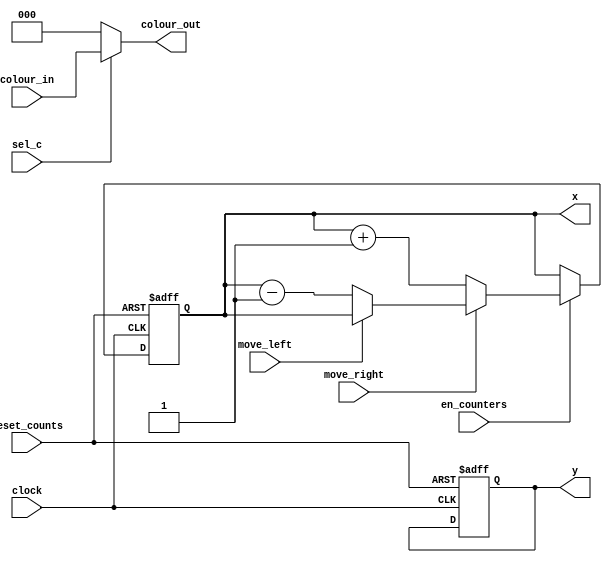
`timescale 1ns / 1ns // `timescale time_unit/time_precision

/* Datapath that changes the top-left coordinate of the paddle (depending on user input)
 * and sends the coordinate to the paddle_display */
module paddle_movement(
						reset_counts, 
						clock, 
						en_counters, 
						move_left, 
						move_right, 
						colour_in, 
						sel_c, 
						x, 
						y, 
						colour_out
						);
						
	input reset_counts; // resets the x, y, h counters
	input clock; 
	input sel_c; // selects a colour
   	input en_counters; // enables the change of x coordinate
   	input move_left, move_right; // the moves that the user wants to make
	input [2:0] colour_in; // colour of the paddle	
	output [2:0] colour_out; // colour to be used 

	output reg [7:0] x; 	
	output reg [6:0] y; 				
		
	// X counter

	always @ (posedge clock, negedge reset_counts)
	begin
		if (!reset_counts)
		begin
			x <= 8'd55;
			y <= 7'd112;      // the y coordinate doesn't change
		end
		else if (en_counters)
		begin 
			if (!move_right)
				x <= x + 1'b1;
			else if (!move_left) 
				x <= x - 1'b1;
		end
	end

	assign colour_out = sel_c ? colour_in : 3'd0;


endmodule